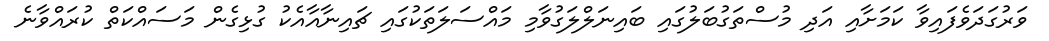
ވަރުގަދަވެފައިވާ ކަމަށާއި އަދި މުސްތަގުބަލުގައި ބައިނަލްލަގުވާމި މައްސަލަތަކުގައި ޗައިނާއާއެކު ގުޅިގެން މަސައްކަތް ކުރައްވާނެ